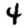
Digit: 4